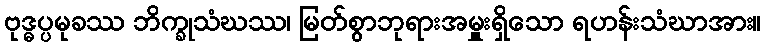
ဗုဒ္ဓပ္ပမုခဿ ဘိက္ခုသံဃဿ၊ မြတ်စွာဘုရားအမှူးရှိသော ရဟန်းသံဃာအား။